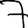
Digit: 7